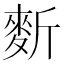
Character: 𪌍